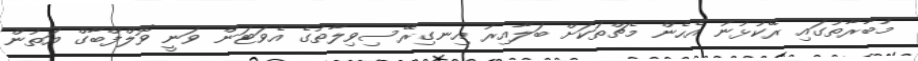
މުބާރާތުގައި ރޭކުޅުނު އެހެން މެޗްތަކަށް ބަލާއިރު އިނގިރޭސިވިލާތުގެ އެވަޓަން ވަނީ ވޮލްފްބާގް އަތުން